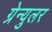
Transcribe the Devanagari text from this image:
ग्रेन्युलर